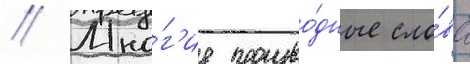
// Мно́г'ие произво́дные сло́ва